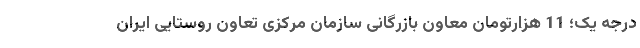
درجه یک؛ 11 هزارتومان معاون بازرگانی سازمان مرکزی تعاون روستایی ایران